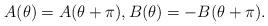
LaTeX: \begin{align*}A(\theta)=A(\theta+\pi),B(\theta)=-B(\theta+\pi).\end{align*}